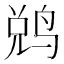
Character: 𬸑